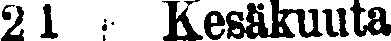
21 Kesäkuuta